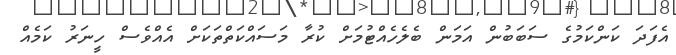
އެފަދަ ކަންކަމުގެ ސަބަބުން އަމަން ބެލެހެއްޓުމަށް ކުރާ މަސައްކަތްތަކަށް އެއްވެސް ހީނަރު ކަމެއް